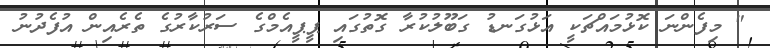
" މިފެންނަ ކޮޅުމައްޗަކީ އަޅުގަނޑު ގަބޫލުކުރާ ގޮތުގައި ޕީޕީއެމްގެ ސަރުކާރުގެ ތެރެއިން އުފެދުނު